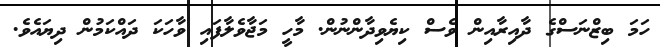
ހަމަ ބިޒްނަސްގެ ދާއިރާއިން ވެސް ކިޔެވިދާންނުން. މާހީ މަޖާވެލާފައި ވާހަކަ ދައްކަމުން ދިޔައެވެ.